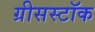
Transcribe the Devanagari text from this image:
ग्रीसस्टॉक